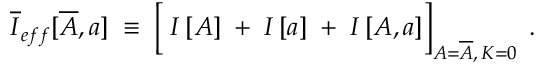
\overline { { { I } } } _ { e f f } [ \overline { { { A } } } , a ] \; \equiv \; \left[ \frac { } { } I \left[ A \right] \; + \; I \left[ a \right] \; + \; I \left[ A , a \right] \right] _ { A = \overline { { { A } } } , \, { \cal K } = 0 } \; .